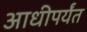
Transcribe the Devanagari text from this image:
आधीपर्यंत